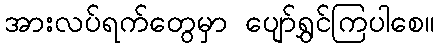
အားလပ်ရက်တွေမှာ ပျော်ရွှင်ကြပါစေ။